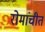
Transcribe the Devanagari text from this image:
रोमांचीत